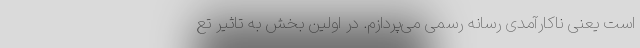
است یعنی ناکارآمدی رسانه رسمی می‌پردازم. در اولین بخش به تاثیر تع